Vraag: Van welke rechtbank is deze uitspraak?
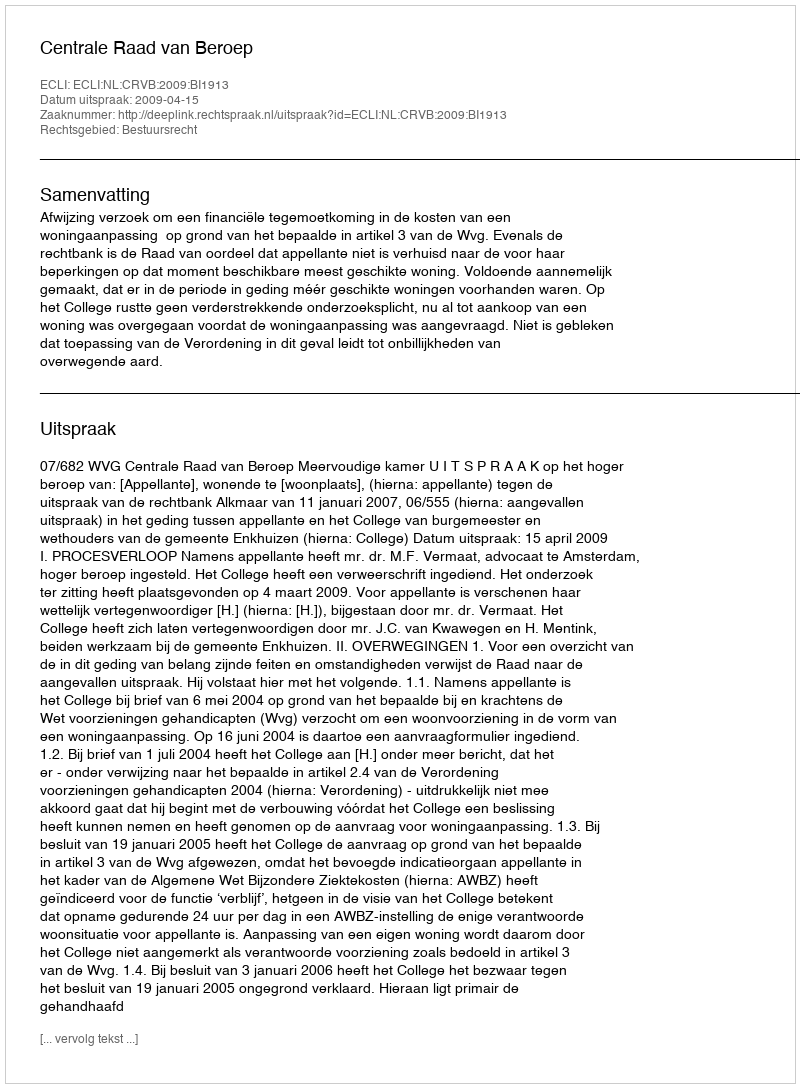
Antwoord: Centrale Raad van Beroep